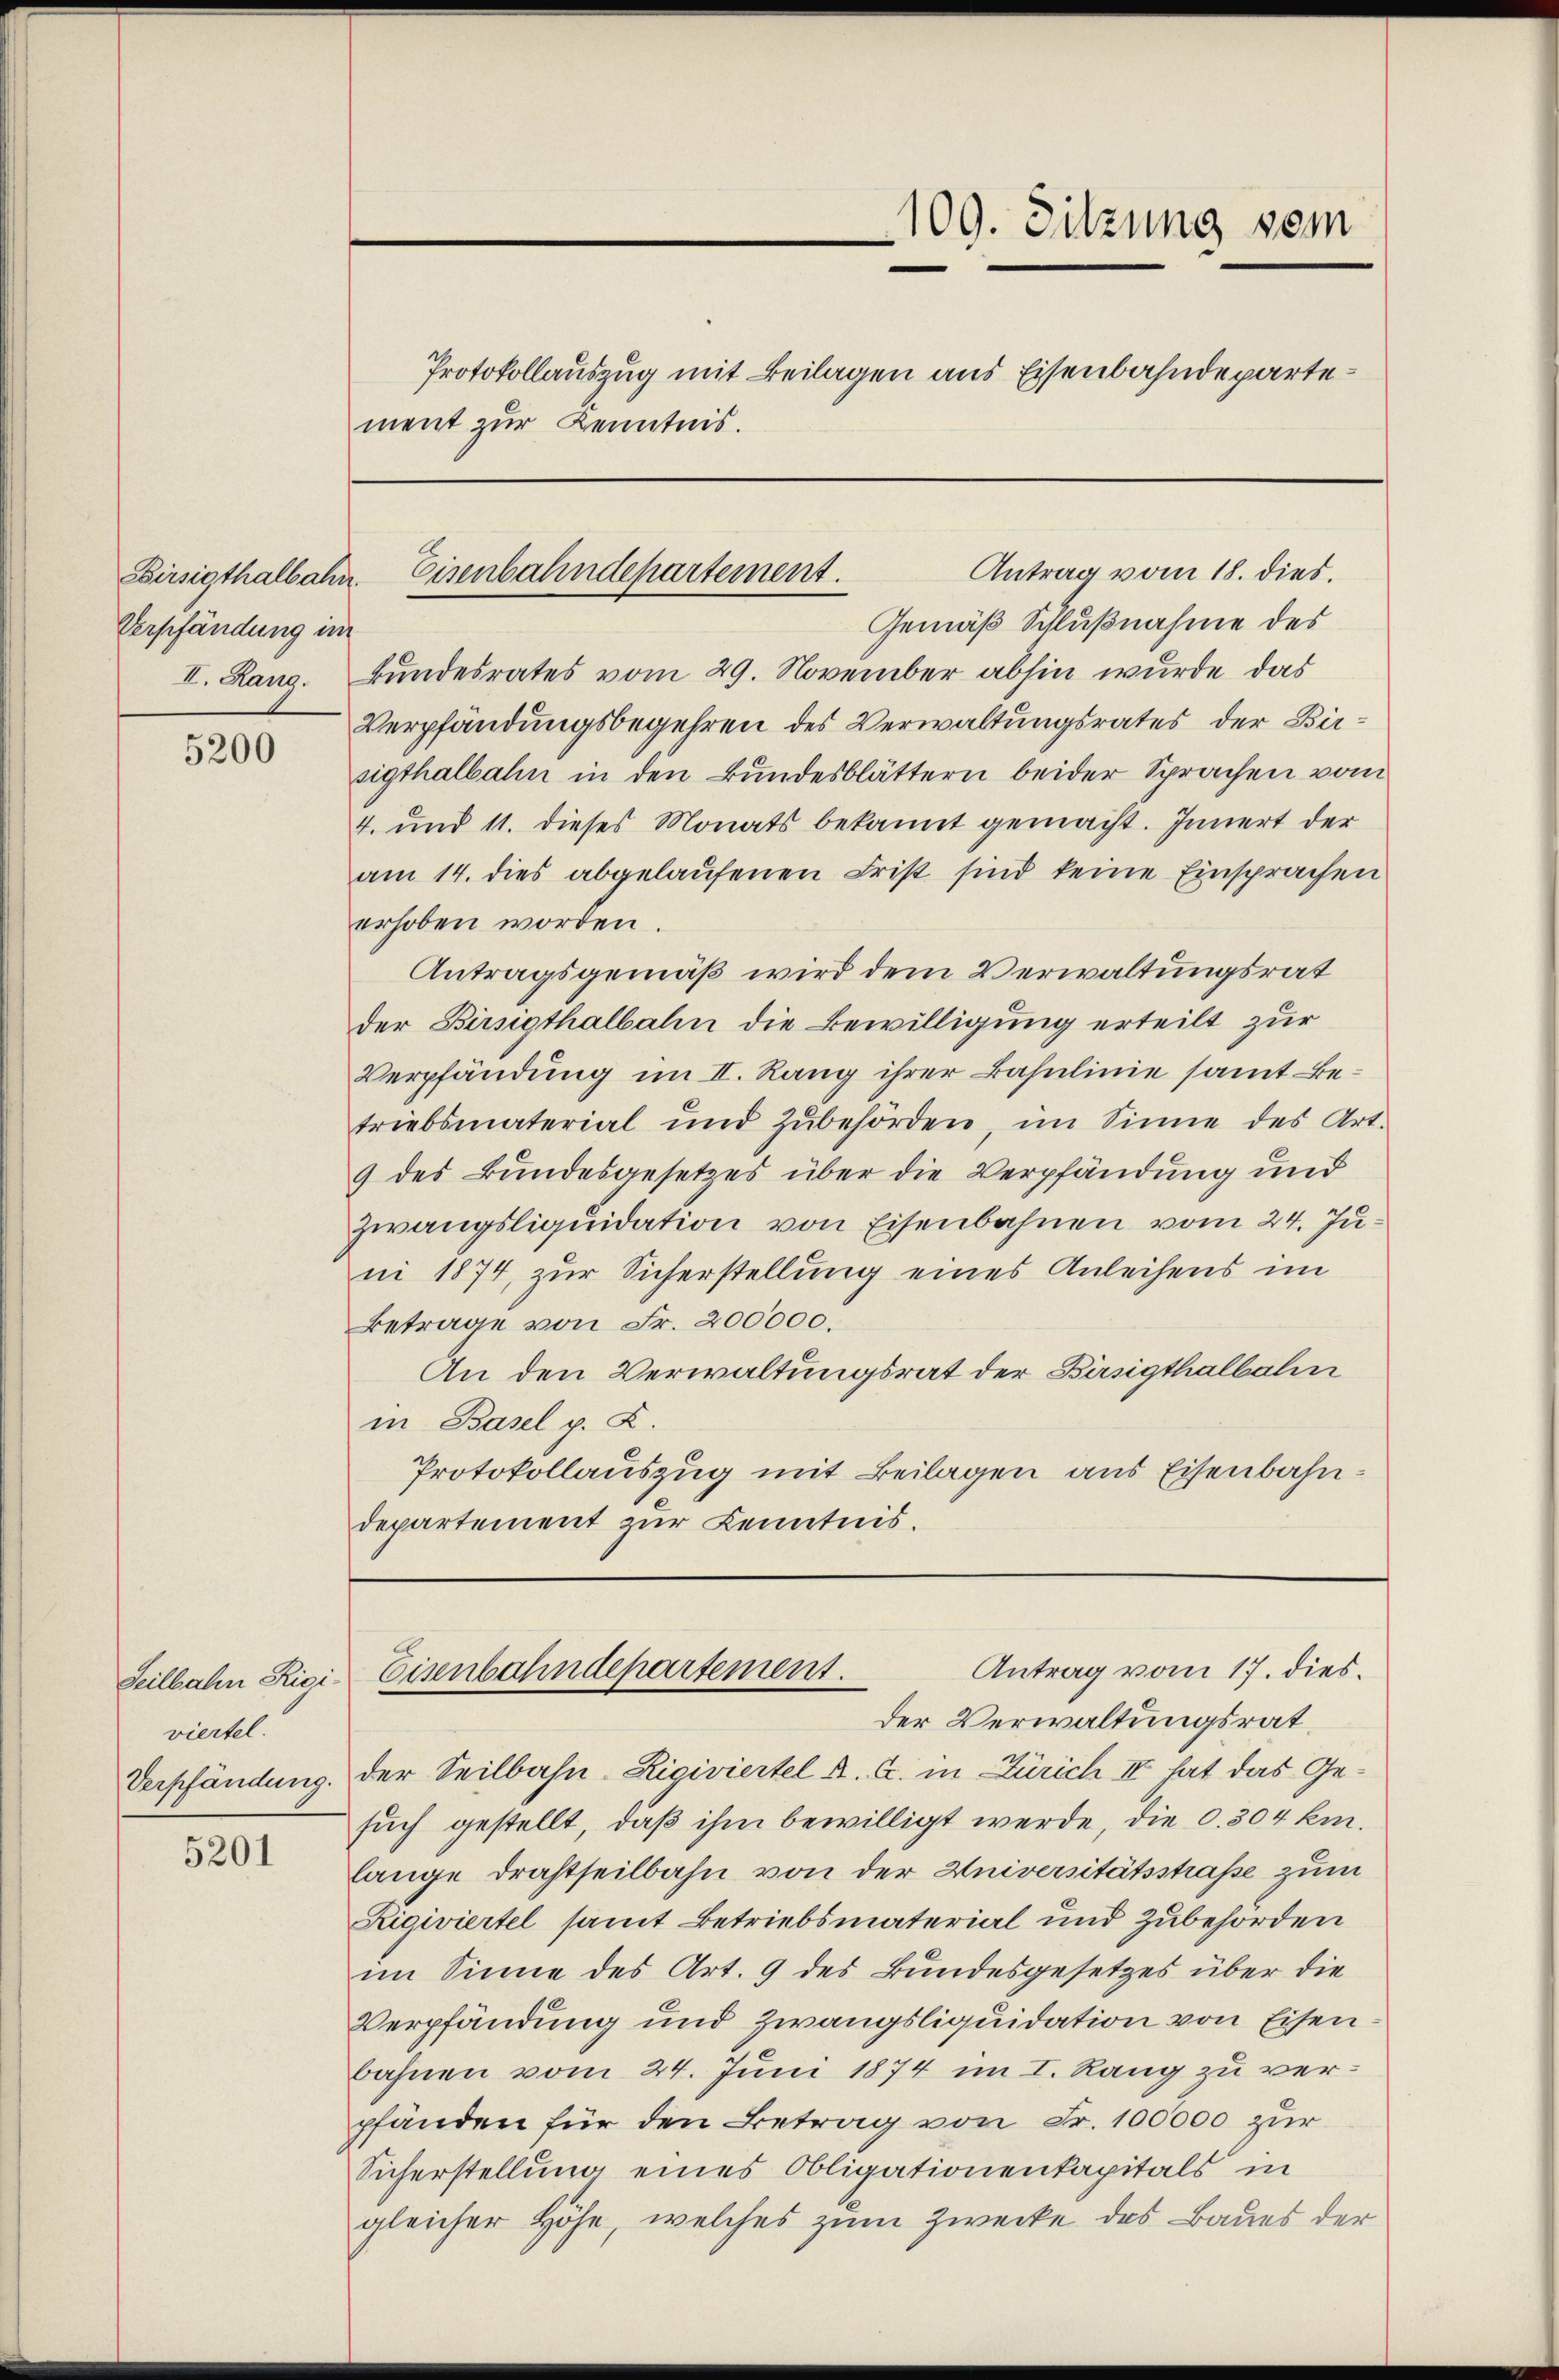
Birsigthalbahn
Verpfändung im

5200

Seilbahn Rigi.
viertel.

5201

.
109. Sitzung vom
Protokollauszug mit Beilagen aus Eisenbahndepartement zur Kenntnis.

Antrag vom 18. dies.
Eisenbahndepartement.

Gemäß Schlußnahme des
II. Rang. Bundesrates vom 29. November abhin wurde das
Verpfändungsbegehren des Verwaltungsrates der Birsigthalbahn in den Bundesblättern beider Sprachen vom
4. und 11. dieses Monats bekannt gemacht. Innert der
am 14. dies abgelaŭfenen Frist sind keine Einsprachen
erhoben worden.
Antragsgemäß wird dem Verwaltungsrat
der Birsigthalbahn die Bewilligung erteilt zur
Verpfändung im II. Rang ihrer Basulinie samt Betriebsmaterial und zŭbehörden, im Sinne des Art.
9 des Bundesgesetzes über die Verpfändung und
Zwangsliquidation von Eisenbahnen vom 24. Juni 1874, zur Sicherstellung eines Anleihens im
Betrage von Fr. 200000.
An den Verwaltungsrat der Bisigthalbalm
in Basel p. Z.
Protokollauszug mit Beilagen aus Eisenbahndepartement zur Kenntnis.

Antrag vom 17. dies.
Eisenbahndepartement.
der Verwaltungsrat.

Verpfändung. Der Seilbahn-Rigiviertel A. G. in Zürich IV hat das Gesuch gestellt, daß ihm bewilligt werde, die d. 304 km.
lange Drahtseilbahn von der Universitätsstraße zum
Rigiviertel samt Betriebsmaterial und Zubehörden
im Sinne des Art. 9 des Bundesgesetzes über die
Verpfändung und Zwangsliquidation von Eisenbahnen vom 24. Juni 1874 im I. Rang zu verpfänden für den Betrag von Fr. 100000 zur
Sicherstellung eines Obligationenkapitals in
gleicher Höhe, welches zum Zwecke des Baues der